Annual report on the lock hospitals of the Madras Presidency
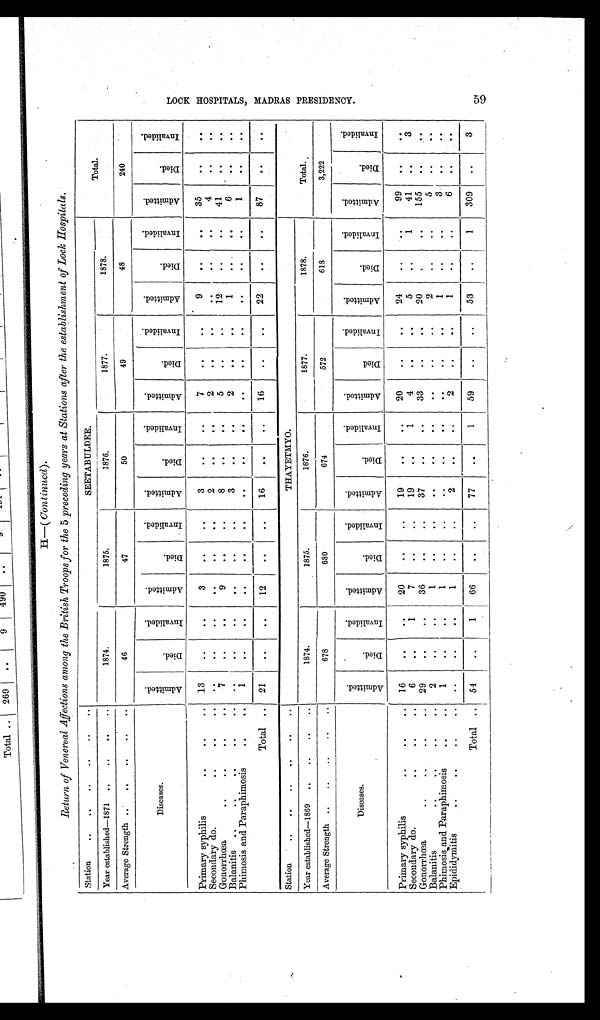
H—( Continued).
Return of Venereal Affections among the British Troops for the 5 preceding years at Stations after the establishment of Lock Hospitals.
Station ..
..
..
..
..
.. SEETABULDEE.
Total.
Year established—1871 ..
..
..
..
1874.
1875.
1876.
1877.
1878.
Average Strength ..
..
..
..
..
46
47
50
49
48
240
Diseases.
A m i t t e d .
D i e d .
I n v a l i d e d .
A m i t t e d .
D i e d .
I n v a l i d e d .
A m i t t e d .
D i e d .
I n v a l i d e d .
A m i t t e d .
D i e d .
I n v a l i d e d .
A m i t t e d .
D i e d .
I n v a l i d e d . A m i t t e d .
D i e d .
I n v a l i d e d .
Primary syphilis
..
..
.. 13
. .
. .
3
..
. . 3
. .
..
7
. .
. .
9
. .
. . 35
. .
. .
Secondary do.
..
.. ..
. .
. .
..
..
. . 2
. .
. .
2
. .
. . ..
. .
. . 4
. .
..
Gonorrhœa
..
..
..
..
7
..
..
9
. .
. . 8
. .
. .
5
..
..
12
. . ..
41
. .
..
Balanitis ..
..
.. ..
..
. .
..
. .
. . 3
. .
. .
2
. .
..
1
..
. . 6
. .
. .
Phimosis and Paraphimosis
..
..
1 ..
..
. .
. .
. .
. .
. .
. .
. .
..
. . ..
. .
. .
1
. .
..
Total .. 21
..
..
12
..
..
16
..
..
16
..
. . 22
. . ..
87
..
. .
Station
..
..
..
..
..
..
THAYETMYO.
Total.
Year established—1869 ..
..
..
..
1874.
1875.
1876.
1877.
1878.
Average Strength ..
..
..
..
..
678
680
674
572
618
3,222
Diseases.
A d m i t t e d .
D i e d .
I n v a l i d e d .
A d m i t t e d .
D i e d .
I n v a l i d e d . A d m i t t e d .
D i e d .
I n v a l i d e d .
A d m i t t e d .
D i e d .
I n v a l i d e d .
A d m i t t e d .
D i e d .
I n v a l i d e d .
A d m i t t e d .
D i e d .
I n v a l i d e d .
Primary syphilis
..
..
.. 16
..
..
20
..
..
19
..
..
20
.. ..
24
. .
..
99
..
. .
S econdary do.
..
..
..
6
..
1
7
..
..
19
..
1
4
..
. .
5
..
1 41
..
3
Gonorrhœa
..
..
..
.. 29
.. ..
36
..
..
37
..
..
33
.. ..
20
.. ..
155
.. ..
Balanitis ..
..
..
..
2
. .
..
1
..
..
.. .. ..
..
..
..
2
..
..
5
..
..
Phimosis and Paraphimosis
..
1
..
..
1
..
..
..
.. ..
. .
. .
. .
1
. .
. .
3
. .
..
Epididymitis
..
..
..
.. . .
..
..
1
..
..
2
. .
..
2
..
..
1
. .
..
6 ..
..
Total .. 54
..
1
66
..
..
77
..
1
59
..
. . 53
. .
1
309
..
3
L O O K H O S P I T A L S , M A D R A S P R E S I D E N C Y .
59